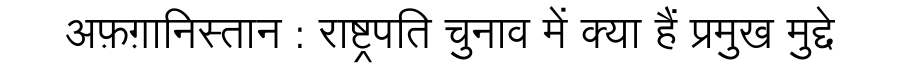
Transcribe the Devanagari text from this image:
अफ़ग़ानिस्तान : राष्ट्रपति चुनाव में क्या हैं प्रमुख मुद्दे